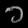
Digit: ၁